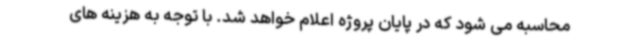
محاسبه می شود که در پایان پروژه اعلام خواهد شد. با توجه به هزینه های